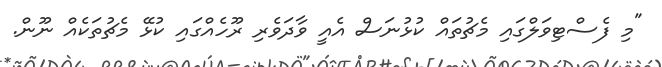
"މި ފެސްޓިވަލްގައި މެޗުތައް ކުޅުނަސް އެއީ ވާދަވެރި ރޫހެއްގައި ކުޅޭ މެޗުތަކެއް ނޫން.